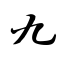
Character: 九